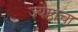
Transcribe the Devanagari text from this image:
ज्येष्ठाचा